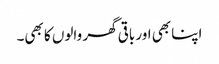
اپنا بھی اور باقی گھر والوں کا بھی۔